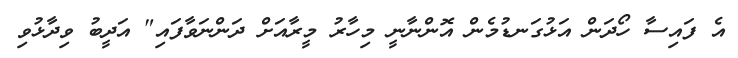
އެ ފައިސާ ހޯދަން އަޅުގަނޑުމެން އޮންނާނީ މިހާރު މީރާއަށް ދަންނަވާފައި" އަދީބު ވިދާޅުވި